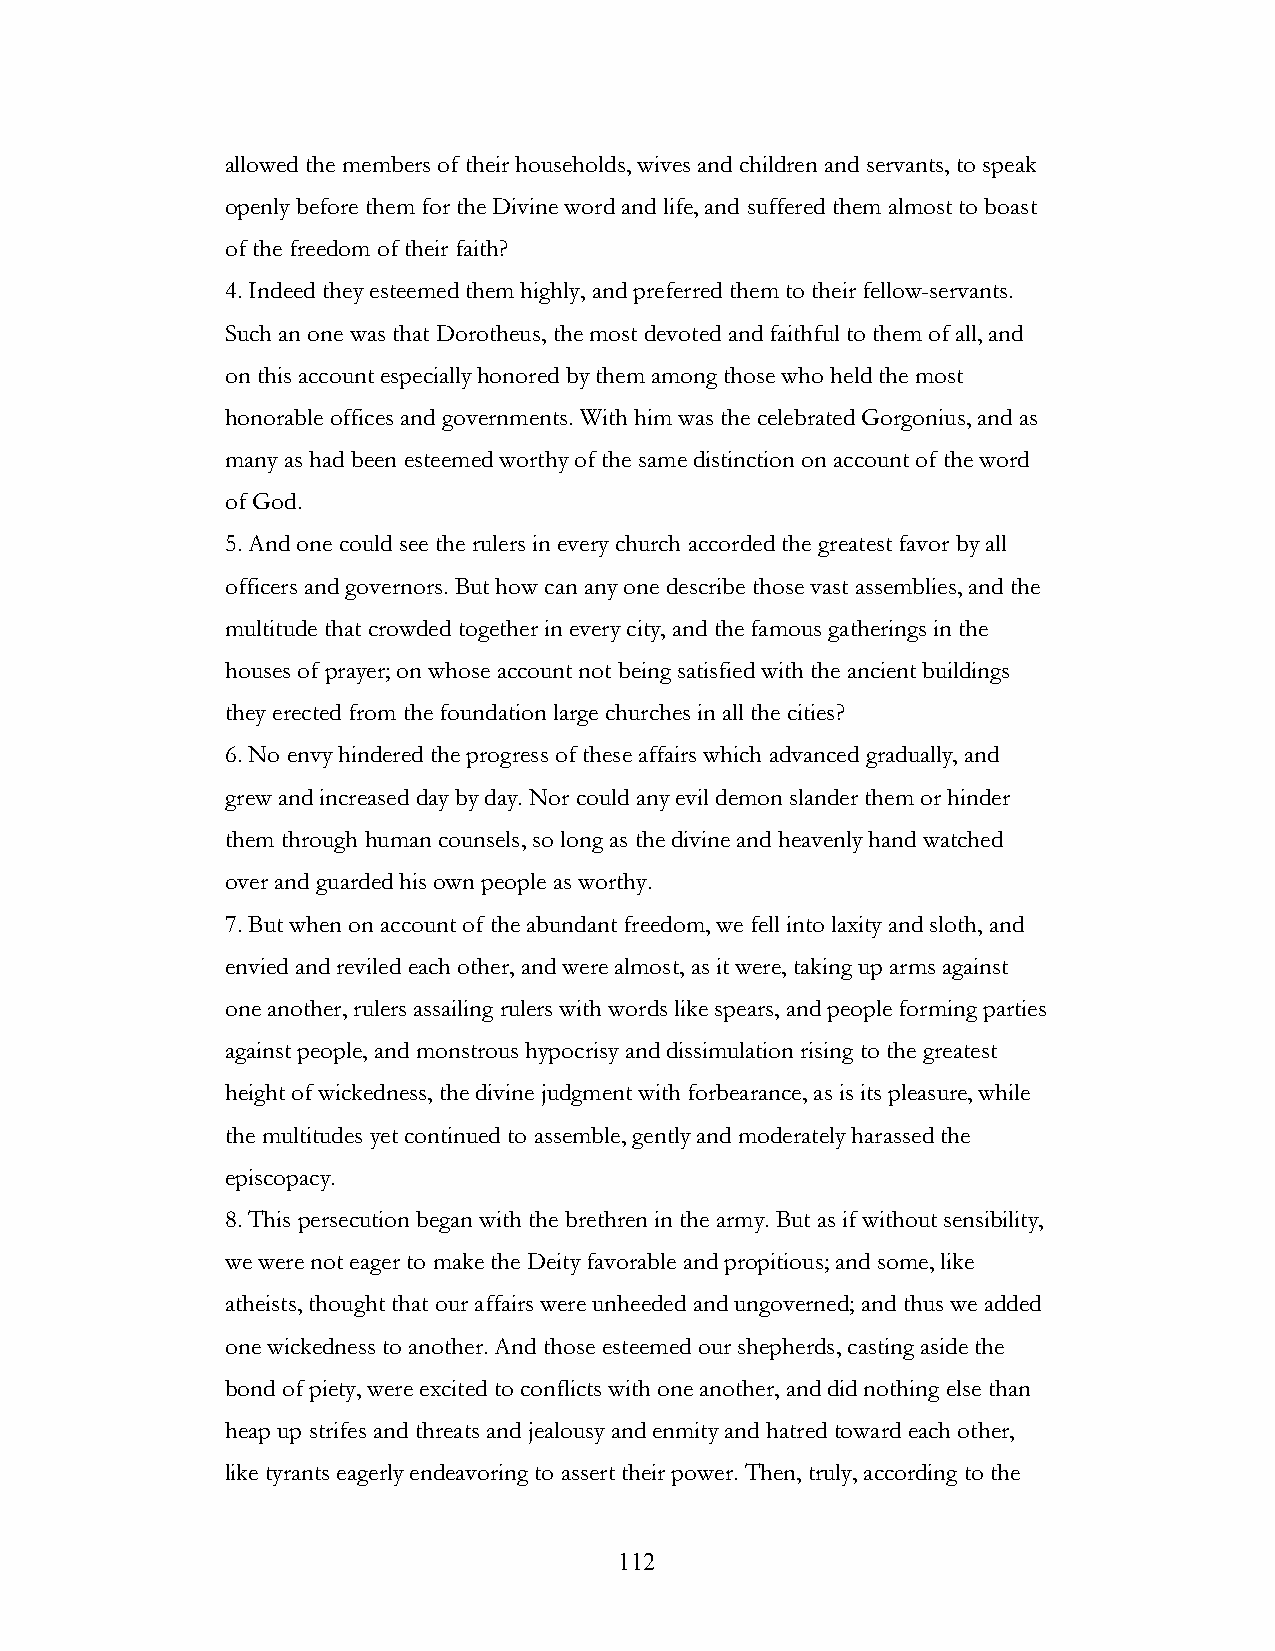
allowed the members of their households, wives and children and servants, to speak
 openly before them for the Divine word and life, and suffered them almost to boast
 of the freedom of their faith?
 4. Indeed they esteemed them highly, and preferred them to their fellow-servants.
 Such an one was that Dorotheus, the most devoted and faithful to them of all, and
 on this account especially honored by them among those who held the most
 honorable offices and governments. With him was the celebrated Gorgonius, and as
 many as had been esteemed worthy of the same distinction on account of the word
 of God.
 5. And one could see the rulers in every church accorded the greatest favor by all
 officers and governors. But how can any one describe those vast assemblies, and the
 multitude that crowded together in every city, and the famous gatherings in the
 houses of prayer; on whose account not being satisfied with the ancient buildings
 they erected from the foundation large churches in all the cities?
 6. No envy hindered the progress of these affairs which advanced gradually, and
 grew and increased day by day. Nor could any evil demon slander them or hinder
 them through human counsels, so long as the divine and heavenly hand watched
 over and guarded his own people as worthy.
 7. But when on account of the abundant freedom, we fell into laxity and sloth, and
 envied and reviled each other, and were almost, as it were, taking up arms against
 one another, rulers assailing rulers with words like spears, and people forming parties
 against people, and monstrous hypocrisy and dissimulation rising to the greatest
 height of wickedness, the divine judgment with forbearance, as is its pleasure, while
 the multitudes yet continued to assemble, gently and moderately harassed the
 episcopacy.
 8. This persecution began with the brethren in the army. But as if without sensibility,
 we were not eager to make the Deity favorable and propitious; and some, like
 atheists, thought that our affairs were unheeded and ungoverned; and thus we added
 one wickedness to another. And those esteemed our shepherds, casting aside the
 bond of piety, were excited to conflicts with one another, and did nothing else than
 heap up strifes and threats and jealousy and enmity and hatred toward each other,
 like tyrants eagerly endeavoring to assert their power. Then, truly, according to the
 !                         112